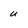
Character: u